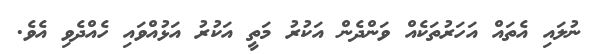
ނުލައި އެތައް އަހަރުތަކެއް ވަންދެން އަކުރު މަތީ އަކުރު އަޅުއްވައި ހެއްދެވި އެވެ.